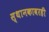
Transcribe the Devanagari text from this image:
स्थानकावरही